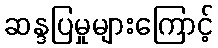
ဆန္ဒပြမှုများကြောင့်